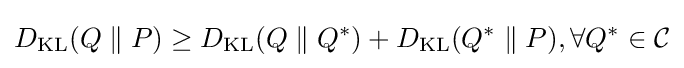
D_{\mathrm {KL} }(Q\parallel P)\geq D_{\mathrm {KL} }(Q\parallel Q^{*})+D_{\mathrm {KL} }(Q^{*}\parallel P),\forall Q^{*}\in {\mathcal {C}}